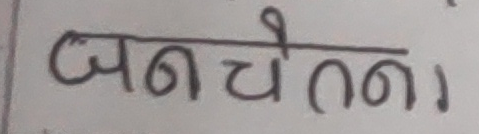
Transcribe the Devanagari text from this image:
जनचेतना